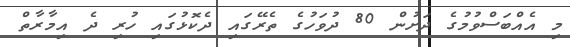
މި އެއްބަސްވުމުގެ ދަށުން 80 ދުވަހުގެ ތެރޭގައި ދެކޮޅުގައި ހުރި ދެ އިމާރާތް